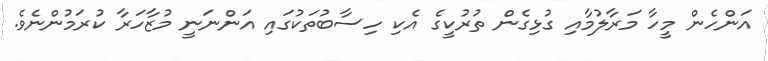
އަންހެން މީހާ މަރާލުމާއި ގުޅިގެން ތުރުކީގެ އެކި ހިސާބުތަކުގައި އަންނަނީ މުޒާހަރާ ކުރަމުންނެވެ.